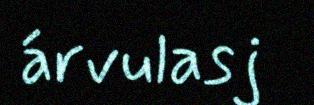
árvulasj